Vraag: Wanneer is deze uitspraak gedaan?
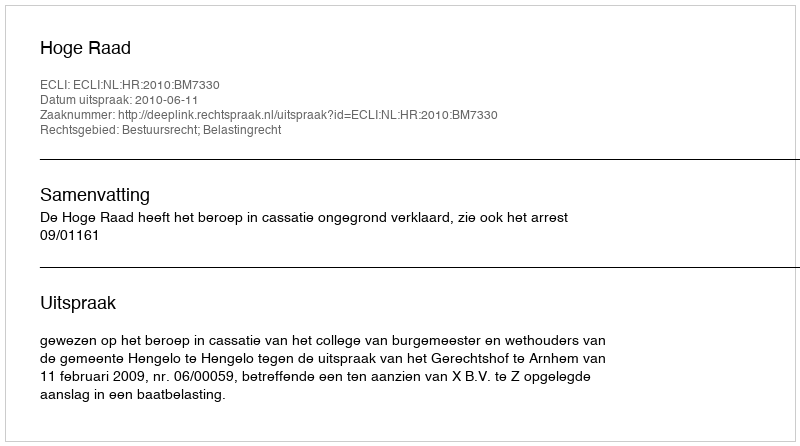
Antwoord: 2010-06-11